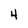
Character: 4